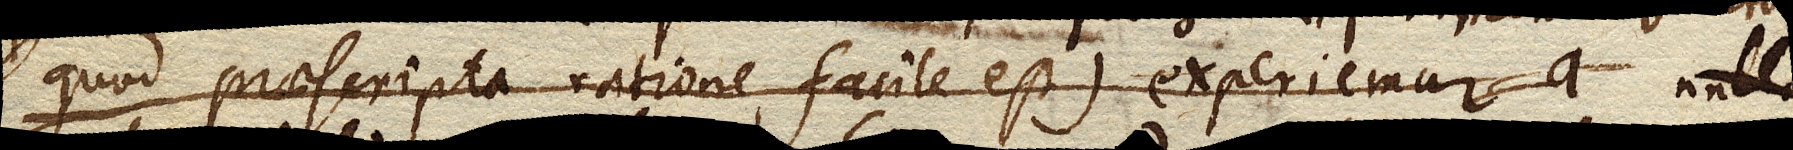
(quod praescripta ratione facile est) experiemur a nullo